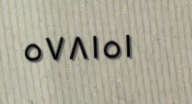
٥٧٨١٥١